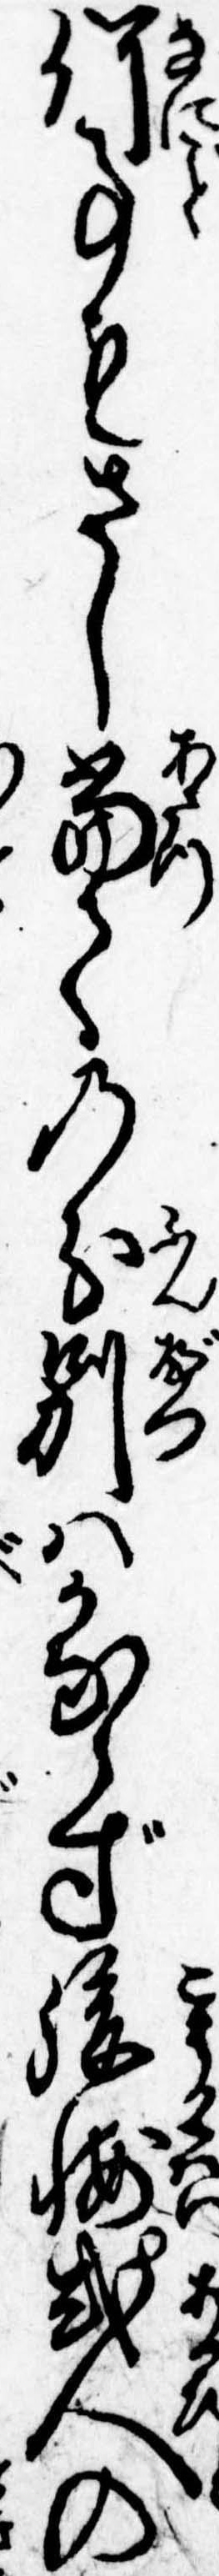
何事もさし当ての分別はかならず後悔或人の